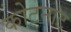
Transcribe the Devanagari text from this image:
कोटनाट